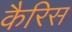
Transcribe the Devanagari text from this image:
कैरिस